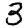
Digit: 3